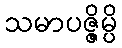
သမာပဇ္ဇိမ္ပိ